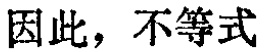
因此，不等式